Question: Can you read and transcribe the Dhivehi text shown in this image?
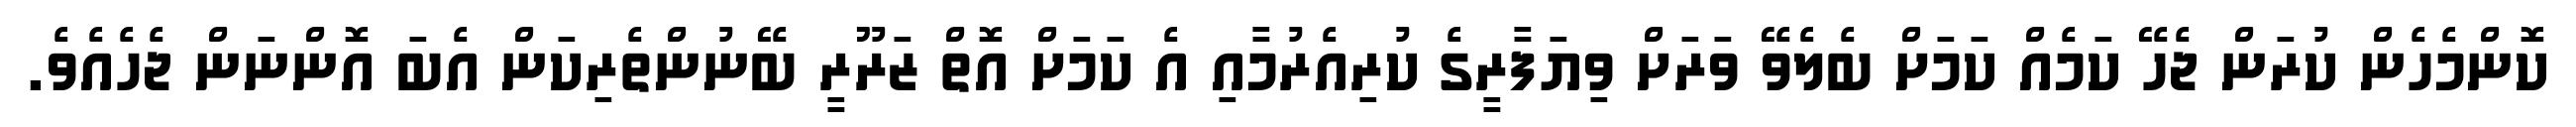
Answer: ކޮންމެހެން ކުރަން ޖެހޭ ކަމެއް ކަމަށް ބެލެވޭ ވަރަށް ވިޔަފާރީގެ ކުރިއެރުމާއި އެ ކަމަށް އޮތް ޒަރޫރީ ބޭނުންތެރިކަން އެބަ އޮންނަން ޖެހެއެވެ.